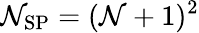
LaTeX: \mathcal{N}_{\mathrm{{SP}}}=(\mathcal{N}+1)^{2}